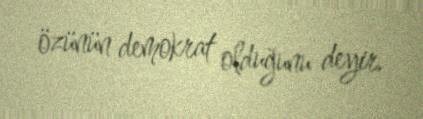
özünün demokrat olduğunu deyir.